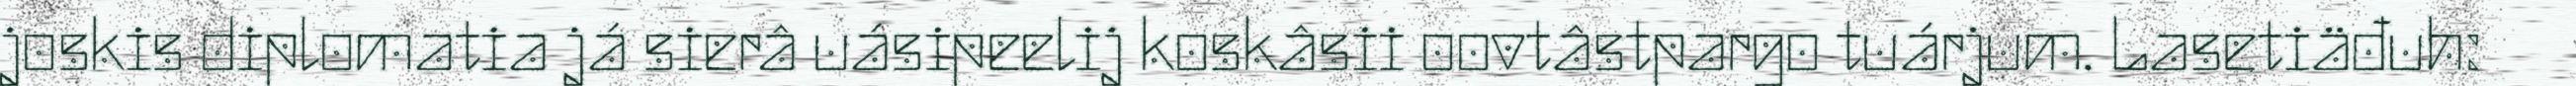
joskis diplomatia já sierâ uásipeelij koskâsii oovtâstpargo tuárjum. Lasetiäđuh: